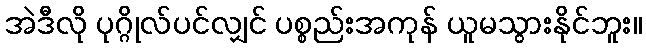
အဲဒီလို ပုဂ္ဂိုလ်ပင်လျှင် ပစ္စည်းအကုန် ယူမသွားနိုင်ဘူး။